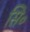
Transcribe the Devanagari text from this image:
सि॰